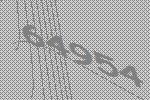
64954